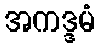
အကဒ္ဒမံ